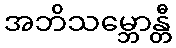
အဘိသမ္ဘောန္တီ